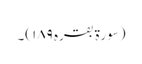
(سورۃ بقرہ ۱۸۹)۔